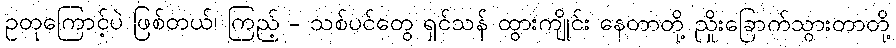
ဥတုကြောင့်ပဲ ဖြစ်တယ်၊ ကြည့် - သစ်ပင်တွေ ရှင်သန် ထွားကျိုင်း နေတာတို့ ညှိုးခြောက်သွားတာတို့